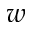
w